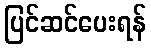
ပြင်ဆင်ပေးရန်